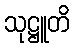
သုဋ္ဌူတိ